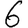
Digit: 6